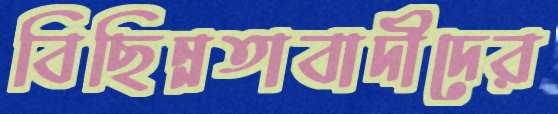
বিছিন্নতাবাদীদের